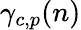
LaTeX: \gamma_{c,p}(n)